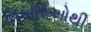
વિકારિઓથી